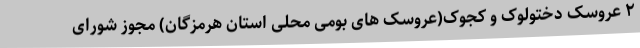
۲ عروسک دختولوک و کجوک(عروسک های بومی محلی استان هرمزگان) مجوز شورای